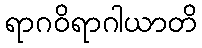
ရာဂဝိရာဂါယာတိ